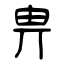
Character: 畁